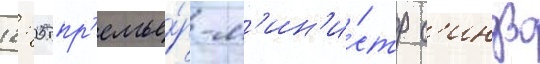
12: 05 пр'емье́р-м'ин'и́стр с'индзо